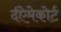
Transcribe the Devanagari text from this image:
द॑ऐमेकोर्ट